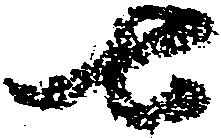
七